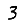
Digit: 3